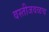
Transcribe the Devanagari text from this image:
वस्तीजवळच